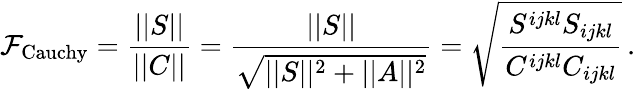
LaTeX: {\cal F}_{\mathrm{Cauchy}}=\frac{||S||}{||C||}=\frac{||S||}{\sqrt{||S||^{2}+||A||^{2}}}=\sqrt{\frac{S^{ijkl}S_{ijkl}}{C^{ijkl}C_{ijkl}}}\, .